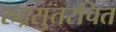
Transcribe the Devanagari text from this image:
रुद्रसुतरचित